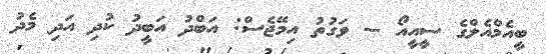
ބީއެމްއެލްގެ ސީއީއޯ -- ވަގުތު އިމޭޖެސް: އަބްދު އަބީދު ކުދި އަދި މެދު